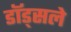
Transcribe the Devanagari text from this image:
डॉड्सले